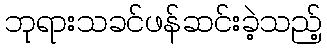
ဘုရားသခင်ဖန်ဆင်းခဲ့သည့်